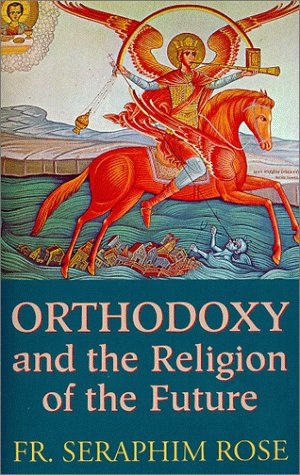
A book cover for Orthodoxy and the Religion of the Future; Seraphim Rose; Christian Books & Bibles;